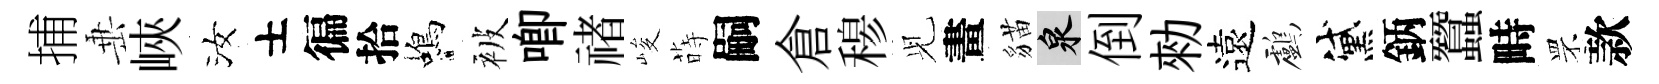
捕𡸁峽汝士徧拾蝎被唧禇峻蒔嗣倉𥠇𫤗畫貓泉倒勑遠鸕黛鈵蠶畤罘款